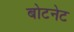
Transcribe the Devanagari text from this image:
बोटनेट